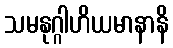
သမနုဂ္ဂါဟိယမာနာနိ